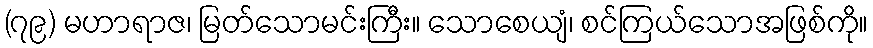
(၇၉) မဟာရာဇ၊ မြတ်သောမင်းကြီး။ သောစေယျံ၊ စင်ကြယ်သောအဖြစ်ကို။